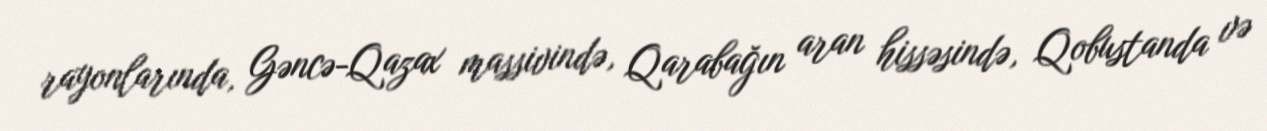
rayonlarında, Gəncə-Qazax massivində, Qarabağın aran hissəsində, Qobustanda və